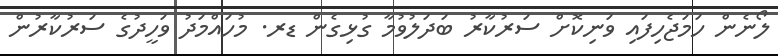
ލޯނެން ހަމަޖެހިފައި ވަނިކޮށް ސަރުކާރު ބަދަލުވުމާ ގުޅިގެން ޑރ. މުހައްމަދު ވަހީދުގެ ސަރުކާރުން